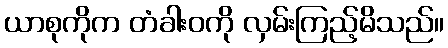
ယာစုကိုက တံခါးဝကို လှမ်းကြည့်မိသည်။